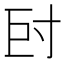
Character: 𡬡